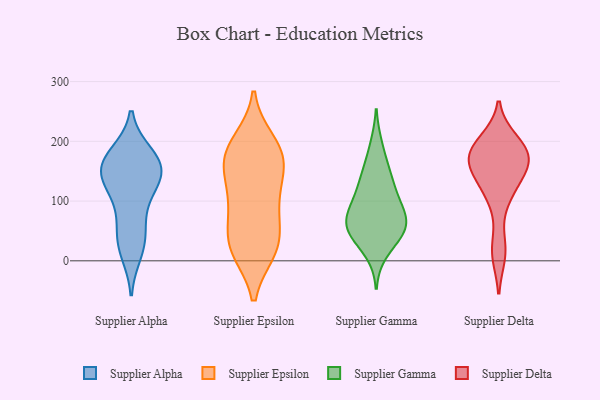
{"axis": {"x": "Budget (USD K)", "y": "Value"}, "legend": ["Supplier Alpha", "Supplier Delta", "Supplier Epsilon", "Supplier Gamma"], "data": [{"x": "", "y": 163, "type": "Supplier Alpha"}, {"x": "", "y": 142, "type": "Supplier Alpha"}, {"x": "", "y": 15, "type": "Supplier Alpha"}, {"x": "", "y": 40, "type": "Supplier Alpha"}, {"x": "", "y": 31, "type": "Supplier Alpha"}, {"x": "", "y": 178, "type": "Supplier Alpha"}, {"x": "", "y": 174, "type": "Supplier Alpha"}, {"x": "", "y": 108, "type": "Supplier Alpha"}, {"x": "", "y": 129, "type": "Supplier Alpha"}, {"x": "", "y": 161, "type": "Supplier Alpha"}, {"x": "", "y": 151, "type": "Supplier Alpha"}, {"x": "", "y": 74, "type": "Supplier Alpha"}, {"x": "", "y": 143, "type": "Supplier Alpha"}, {"x": "", "y": 108, "type": "Supplier Epsilon"}, {"x": "", "y": 151, "type": "Supplier Epsilon"}, {"x": "", "y": 200, "type": "Supplier Epsilon"}, {"x": "", "y": 17, "type": "Supplier Epsilon"}, {"x": "", "y": 18, "type": "Supplier Epsilon"}, {"x": "", "y": 90, "type": "Supplier Epsilon"}, {"x": "", "y": 65, "type": "Supplier Epsilon"}, {"x": "", "y": 20, "type": "Supplier Epsilon"}, {"x": "", "y": 189, "type": "Supplier Epsilon"}, {"x": "", "y": 111, "type": "Supplier Epsilon"}, {"x": "", "y": 21, "type": "Supplier Epsilon"}, {"x": "", "y": 51, "type": "Supplier Epsilon"}, {"x": "", "y": 191, "type": "Supplier Epsilon"}, {"x": "", "y": 163, "type": "Supplier Epsilon"}, {"x": "", "y": 158, "type": "Supplier Epsilon"}, {"x": "", "y": 170, "type": "Supplier Epsilon"}, {"x": "", "y": 51, "type": "Supplier Gamma"}, {"x": "", "y": 80, "type": "Supplier Gamma"}, {"x": "", "y": 87, "type": "Supplier Gamma"}, {"x": "", "y": 47, "type": "Supplier Gamma"}, {"x": "", "y": 155, "type": "Supplier Gamma"}, {"x": "", "y": 131, "type": "Supplier Gamma"}, {"x": "", "y": 192, "type": "Supplier Gamma"}, {"x": "", "y": 51, "type": "Supplier Gamma"}, {"x": "", "y": 15, "type": "Supplier Gamma"}, {"x": "", "y": 59, "type": "Supplier Gamma"}, {"x": "", "y": 104, "type": "Supplier Gamma"}, {"x": "", "y": 133, "type": "Supplier Gamma"}, {"x": "", "y": 81, "type": "Supplier Gamma"}, {"x": "", "y": 49, "type": "Supplier Gamma"}, {"x": "", "y": 108, "type": "Supplier Delta"}, {"x": "", "y": 12, "type": "Supplier Delta"}, {"x": "", "y": 171, "type": "Supplier Delta"}, {"x": "", "y": 151, "type": "Supplier Delta"}, {"x": "", "y": 185, "type": "Supplier Delta"}, {"x": "", "y": 200, "type": "Supplier Delta"}, {"x": "", "y": 179, "type": "Supplier Delta"}, {"x": "", "y": 20, "type": "Supplier Delta"}, {"x": "", "y": 141, "type": "Supplier Delta"}, {"x": "", "y": 152, "type": "Supplier Delta"}, {"x": "", "y": 193, "type": "Supplier Delta"}, {"x": "", "y": 110, "type": "Supplier Delta"}, {"x": "", "y": 182, "type": "Supplier Delta"}, {"x": "", "y": 168, "type": "Supplier Delta"}]}